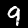
Label: 9